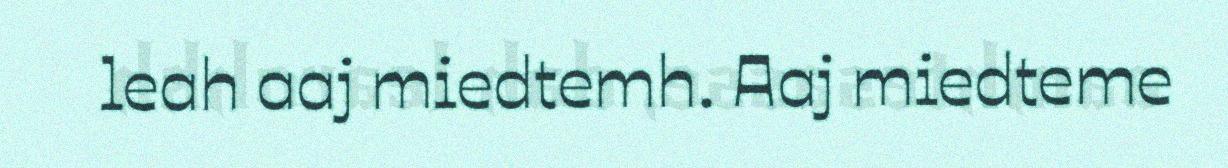
leah aaj miedtemh. Aaj miedteme